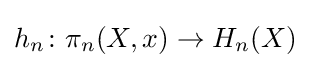
h_{n}\colon \pi _{n}(X,x)\to H_{n}(X)